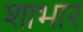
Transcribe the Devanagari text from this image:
शाभार